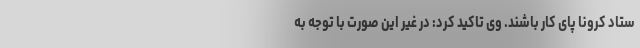
ستاد کرونا پای کار باشند. وی تاکید کرد: در غیر این صورت با توجه به